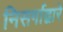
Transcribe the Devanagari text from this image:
निसर्गाद्वारे